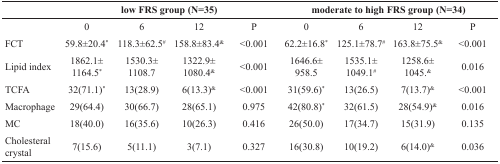
<table><thead><tr><td></td><td colspan="4"><b>low FRS group (N=35)</b></td><td colspan="4"><b>moderate to high FRS group (N=34)</b></td></tr></thead><tbody><tr><td></td><td>0</td><td>6</td><td>12</td><td>P</td><td>0</td><td>6</td><td>12</td><td>P</td></tr><tr><td>FCT</td><td>59.8±20.4*</td><td>118.3±62.5<sup>#</sup></td><td>158.8±83.4<sup>&amp;</sup></td><td>&lt;0.001</td><td>62.2±16.8*</td><td>125.1±78.7<sup>#</sup></td><td>163.8±75.5<sup>&amp;</sup></td><td>&lt;0.001</td></tr><tr><td>Lipid index</td><td>1862.1± 1164.5*</td><td>1530.3± 1108.7</td><td>1322.9± 1080.4<sup>&amp;</sup></td><td>&lt;0.001</td><td>1646.6± 958.5</td><td>1535.1± 1049.1<sup>#</sup></td><td>1258.6± 1045.<sup>&amp;</sup></td><td>0.016</td></tr><tr><td>TCFA</td><td>32(71.1)*</td><td>13(28.9)</td><td>6(13.3)<sup>&amp;</sup></td><td>&lt;0.001</td><td>31(59.6)*</td><td>13(26.5)</td><td>7(13.7)<sup>&amp;</sup></td><td>&lt;0.001</td></tr><tr><td>Macrophage</td><td>29(64.4)</td><td>30(66.7)</td><td>28(65.1)</td><td>0.975</td><td>42(80.8)*</td><td>32(61.5)</td><td>28(54.9)<sup>&amp;</sup></td><td>0.016</td></tr><tr><td>MC</td><td>18(40.0)</td><td>16(35.6)</td><td>10(26.3)</td><td>0.416</td><td>26(50.0)</td><td>17(34.7)</td><td>15(31.9)</td><td>0.135</td></tr><tr><td>Cholesteral crystal</td><td>7(15.6)</td><td>5(11.1)</td><td>3(7.1)</td><td>0.327</td><td>16(30.8)</td><td>10(19.2)</td><td>6(14.0)<sup>&amp;</sup></td><td>0.036</td></tr></tbody></table>